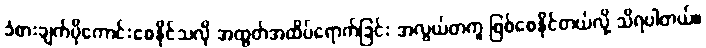
ခံစားချက်ပိုကောင်းစေနိုင်သလို အထွတ်အထိပ်ရောက်ခြင်း အလွယ်တကူ ဖြစ်စေနိုင်တယ်လို့ သိရပါတယ်။